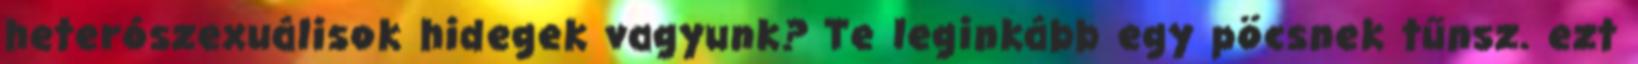
heterószexuálisok hidegek vagyunk? Te leginkább egy pöcsnek tűnsz. ezt